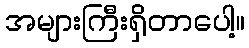
အများကြီးရှိတာပေါ့။